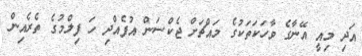
އަދި މިއީ އޭނާގެ ވާހަކަތަކުގެ މައްޗަށް ޖެކްސަން އުފެއްދި ހަ ފިލްމުގެ ތެރެއިން